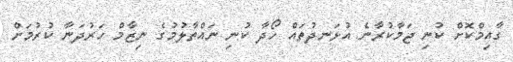
ގާއިމްކޮށް ކުނި ޖަމާކުރާނެ އުޅަނދުތައް ހޯދާ ކުނި ނައްތާލުމުގެ ނިޒާމް ހަރުދަނާ ކުރުމަށް